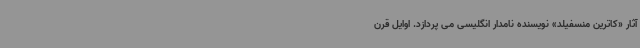
آثار «کاترین منسفیلد» نویسنده نامدار انگلیسی می پردازد. اوایل قرن